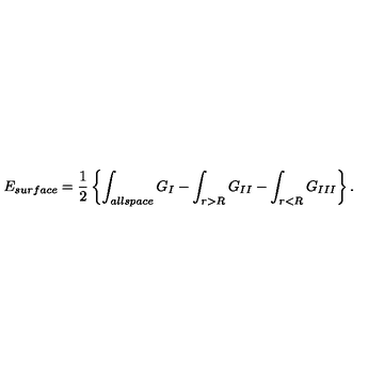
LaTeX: E _ { \small s u r f a c e } = { \frac { 1 } { 2 } } \left\{ \int _ { \small a l l s p a c e } G _ { I } - \int _ { r > R } G _ { I I } - \int _ { r < R } G _ { I I I } \right\} .